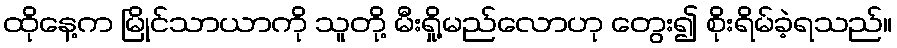
ထိုနေ့က မြိုင်သာယာကို သူတို့ မီးရှို့မည်လောဟု တွေး၍ စိုးရိမ်ခဲ့ရသည်။